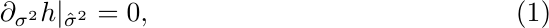
\begin{equation}
\partial_{\sigma^2} h|_{\hat{\sigma}^2} = 0,
\end{equation}